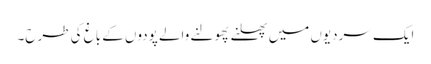
ایک سردیوں میں پھلنے پھولنے والے پودوں کے باغ کی طرح۔